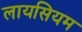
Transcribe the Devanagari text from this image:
लायसियम